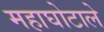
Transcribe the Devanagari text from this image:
महाघोटाले